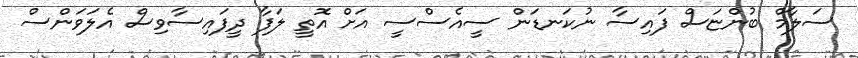
ސަލާމް ބުންޏަސް ފައިސާ ނުކަނޑަން ސީއެސްސީ އަށް އޮތީ ލަފާ ދީފައިސާވިސް އެލަވަންސް